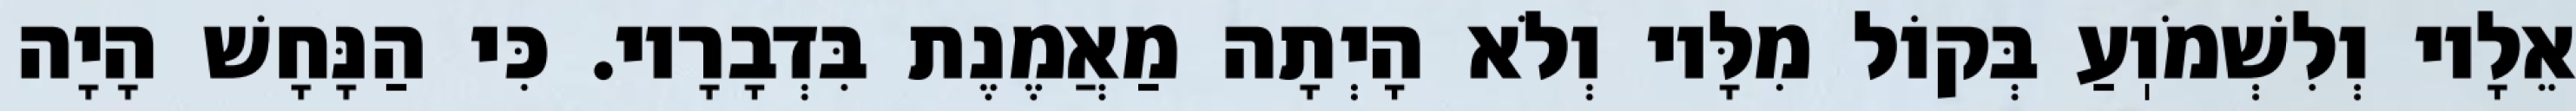
אֵלָיו וְלִשְׁמֹוֽעַ בְּקוֹל מִלָּיו וְלֹא הָיְתָה מַאֲמֶנֶת בִּדְבָרָיו. כִּי הַנָּחָשׁ הָיָה